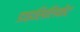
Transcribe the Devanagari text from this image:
डाइसिलिकेट